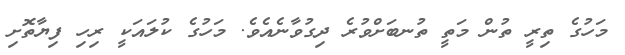
މަހުގެ ތިރީ ތުން މަތީ ތުނބަށްވުރެ ދިގުވާނެއެވެ. މަހުގެ ކުލައަކީ ރިހި ފިޔާތޮށި